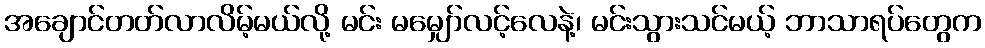
အချောင်တတ်လာလိမ့်မယ်လို့ မင်း မမျှော်လင့်လေနဲ့၊ မင်းသွားသင်မယ့် ဘာသာရပ်တွေက